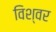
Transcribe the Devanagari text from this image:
विश्वर